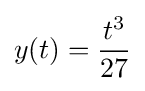
y(t)={\frac {t^{3}}{27}}